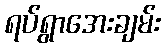
ရပ်ရွာအေးချမ်း